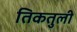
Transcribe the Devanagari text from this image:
तिकतुली